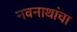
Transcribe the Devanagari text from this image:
नवनाथांचा